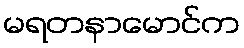
မရတနာမောင်က